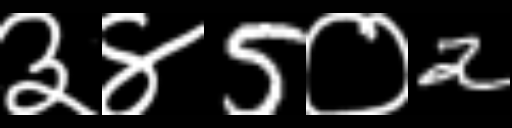
Text: ३४5०2